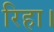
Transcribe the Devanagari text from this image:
रिहा।